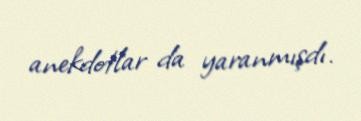
anekdotlar da yaranmışdı.